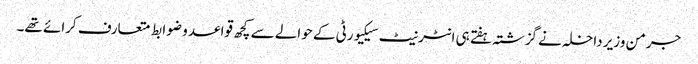
جرمن وزیر داخلہ نے گزشتہ ہفتے ہی انٹرنیٹ سیکیورٹی کے حوالے سے کچھ قواعد و ضوابط متعارف کرائے تھے۔